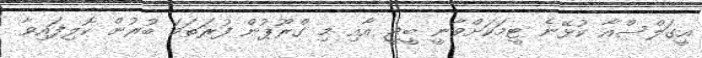
އީގަލްސްއާ ކުޅޭނެ ޓީމަކަށްވާނީ ބީޖީ އާއި މި ގްރޫޕުން ފުރަތަމަ ބުރުން ކޮލިފައިވާ